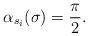
LaTeX: \begin{align*}\alpha_{s_i}(\sigma) = \frac{\pi}{2}.\end{align*}